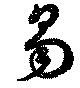
易